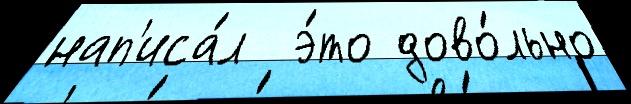
нап'иса́л  э́то дово́льно